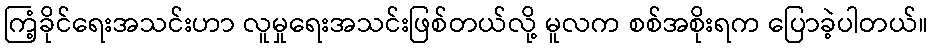
ကြံ့ခိုင်ရေးအသင်းဟာ လူမှုရေးအသင်းဖြစ်တယ်လို့ မူလက စစ်အစိုးရက ပြောခဲ့ပါတယ်။